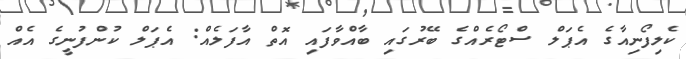
ކެލިފޯނިއާގެ އެޕަލް ސްޓޯރެއްގެ ބޭރުގައި ބާއްވާފައި އޮތް އާފަލެއް: އެޕަލް ކުންފުނީގެ އެއް